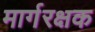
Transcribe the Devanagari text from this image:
मार्गरक्षक